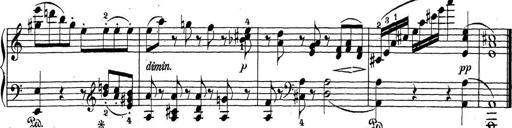
Title: Sonatina Album
Composer: Louis KÃ¶hler